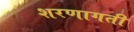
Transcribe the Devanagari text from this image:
शरणागती